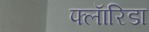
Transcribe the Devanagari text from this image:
फ्लाॅरिडा